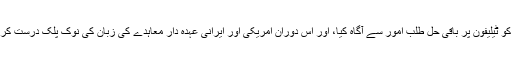
وزیر خارجہ جان کیری نےہفتے کے روز دیر گئے صدر اوبامہ کو ٹیلیفون پر باقی حل طلب امور سے آگاہ کیا، اور اس دوران امریکی اور ایرانی عہدہ دار معاہدے کی زبان کی نوک پلک درست کرتے رہے اور حتمی مسوّدے پر صدر اوبامہ نے خود دستخط کئے۔